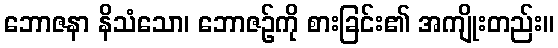
ဘောဇနာ နိသံသော၊ ဘောဇဉ်ကို စားခြင်း၏ အကျိုးတည်း။